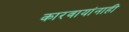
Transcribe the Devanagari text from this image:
कारवायांनाही